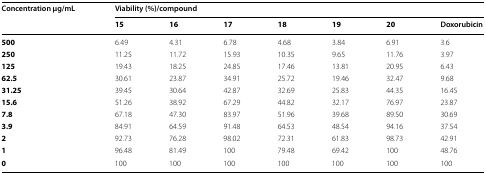
<table><thead><tr><td rowspan="2"><b>Concentration μg/mL</b></td><td colspan="7"><b>Viability (%)/compound</b></td></tr><tr><td><b>15</b></td><td><b>16</b></td><td><b>17</b></td><td><b>18</b></td><td><b>19</b></td><td><b>20</b></td><td><b>Doxorubicin</b></td></tr></thead><tbody><tr><td><b>500</b></td><td>6.49</td><td>4.31</td><td>6.78</td><td>4.68</td><td>3.84</td><td>6.91</td><td>3.6</td></tr><tr><td><b>250</b></td><td>11.25</td><td>11.72</td><td>15.93</td><td>10.35</td><td>9.65</td><td>11.76</td><td>3.97</td></tr><tr><td><b>125</b></td><td>19.43</td><td>18.25</td><td>24.85</td><td>17.46</td><td>13.81</td><td>20.95</td><td>6.43</td></tr><tr><td><b>62.5</b></td><td>30.61</td><td>23.87</td><td>34.91</td><td>25.72</td><td>19.46</td><td>32.47</td><td>9.68</td></tr><tr><td><b>31.25</b></td><td>39.45</td><td>30.64</td><td>42.87</td><td>32.69</td><td>25.83</td><td>44.35</td><td>16.45</td></tr><tr><td><b>15.6</b></td><td>51.26</td><td>38.92</td><td>67.29</td><td>44.82</td><td>32.17</td><td>76.97</td><td>23.87</td></tr><tr><td><b>7.8</b></td><td>67.18</td><td>47.30</td><td>83.97</td><td>51.96</td><td>39.68</td><td>89.50</td><td>30.69</td></tr><tr><td><b>3.9</b></td><td>84.91</td><td>64.59</td><td>91.48</td><td>64.53</td><td>48.54</td><td>94.16</td><td>37.54</td></tr><tr><td><b>2</b></td><td>92.73</td><td>76.28</td><td>98.02</td><td>72.31</td><td>61.83</td><td>98.73</td><td>42.91</td></tr><tr><td><b>1</b></td><td>96.48</td><td>81.49</td><td>100</td><td>79.48</td><td>69.42</td><td>100</td><td>48.76</td></tr><tr><td><b>0</b></td><td>100</td><td>100</td><td>100</td><td>100</td><td>100</td><td>100</td><td>100</td></tr></tbody></table>